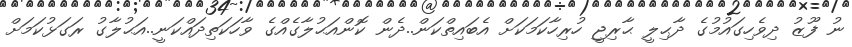
ނު ފޫޒު ދިވެހިގައުމުގެ ދާޙިލީ ޙާރިޖީ ހުރިހާކަމަކަށް އެބައިތްކަން..ދެން ކޮންއަޙުލާގެއްގެ ވާހަކަތިދައްކަނީ..އަޙުލާގު ރަގަޅުކަމަށް